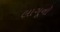
લાગૂનો